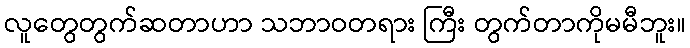
လူတွေတွက်ဆတာဟာ သဘာဝတရား ကြီး တွက်တာကိုမမီဘူး။